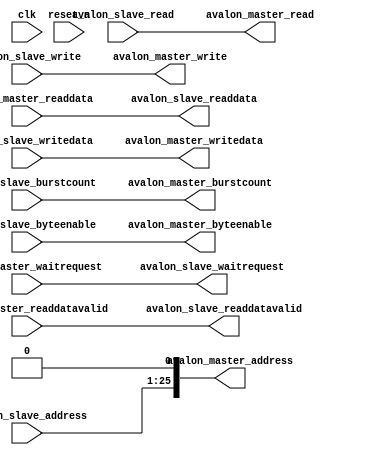
// half_data_width.v

// This file was auto-generated as a prototype implementation of a module
// created in component editor.  It ties off all outputs to ground and
// ignores all inputs.  It needs to be edited to make it do something
// useful.
// 
// This file will not be automatically regenerated.  You should check it in
// to your version control system if you want to keep it.

`timescale 1 ps / 1 ps
module half_data_width (
		input  wire        clk,                         //    clock_sink.clk
		input  wire        reset_n,                     //    reset_sink.reset_n
		input  wire [24:0] avalon_slave_address,        //  avalon_slave.address
		input  wire [1:0]  avalon_slave_burstcount,     //              .burstcount
		input  wire [1:0]  avalon_slave_byteenable,     //              .byteenable
		input  wire        avalon_slave_read,           //              .read
		input  wire        avalon_slave_write,          //              .write
		output wire [15:0] avalon_slave_readdata,       //              .readdata
		input  wire [15:0] avalon_slave_writedata,      //              .writedata
		output wire        avalon_slave_readdatavalid,  //              .readdatavalid
		output wire        avalon_slave_waitrequest,    //              .waitrequest
		output wire [25:0] avalon_master_address,       // avalon_master.address
		output wire [1:0]  avalon_master_burstcount,    //              .burstcount
		output wire [1:0]  avalon_master_byteenable,    //              .byteenable
		output wire        avalon_master_read,          //              .read
		output wire        avalon_master_write,         //              .write
		input  wire        avalon_master_waitrequest,   //              .waitrequest
		input  wire [15:0] avalon_master_readdata,      //              .readdata
		output wire [15:0] avalon_master_writedata,     //              .writedata
		input  wire        avalon_master_readdatavalid  //              .readdatavalid
	);


	assign avalon_slave_readdata = avalon_master_readdata;

	assign avalon_slave_waitrequest = avalon_master_waitrequest;

	assign avalon_slave_readdatavalid = avalon_master_readdatavalid;

	assign avalon_master_address = {avalon_slave_address,1'b0};

	assign avalon_master_byteenable = avalon_slave_byteenable;

	assign avalon_master_read = avalon_slave_read;

	assign avalon_master_write = avalon_slave_write;

	assign avalon_master_writedata = avalon_slave_writedata;

	assign avalon_master_burstcount = avalon_slave_burstcount;

endmodule